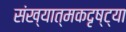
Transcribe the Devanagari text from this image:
संख्यात्मकदृष्ट्या